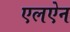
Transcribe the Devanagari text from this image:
एलऐन